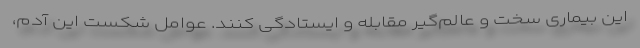
این بیماری سخت و عالم‌گیر مقابله و ایستادگی کنند. عوامل شکست این آدم،